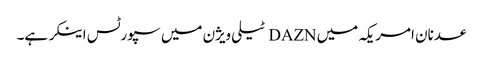
عدنان امر یکہ میں DAZN ٹیلی ویژن میں سپورٹس اینکر ہے۔